Report on plague in the Punjab from October 1st ... to September 30th ..., being the ... season of plague in the province
Disease focus: Plague
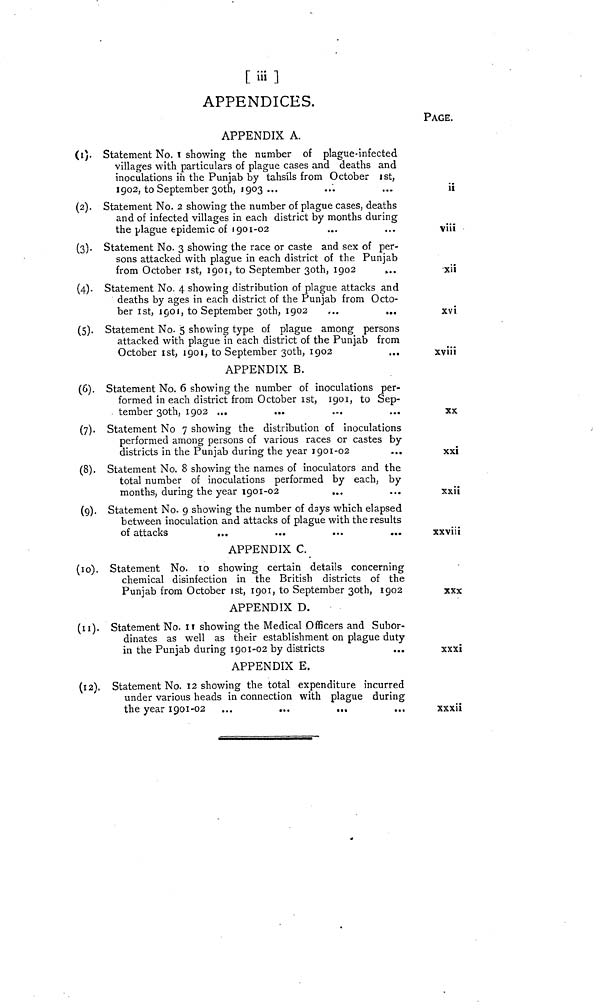
[ iii ]
APPENDICES.
PAGE.
APPENDIX A.
(i). Statement No. i showing the number of plague-infected
villages with particulars of plague cases and deaths and
inoculations in the Punjab by tahsils from October ist,
1902, to September 30th, 1903 ...
(2). Statement No. 2 showing the number of plague cases, deaths
and of infected villages in each district by months during
the plague epidemic of 1901-02
(3). Statement No. 3 showing the race or caste and sex of per-
sons attacked with plague in each district of the Punjab
from October Ist, 1901, to September 30th, 1902
..
(4). Statement No. 4 showing distribution of plague attacks and
deaths by ages in each district of the Punjab from Octo-
ber Ist, 1901, to September 30th, 1902
...
...
(5). Statement No. 5 showing type of plague among persons
attacked with plague in each district of the Punjab from
October Ist, 1901, to September 30th, 1902
APPENDIX B.
(6). Statement No. 6 showing the number of inoculations per-
formed in each district from October Ist, 1901, to Sep-
tember 30th, 1902 ...
(7). Statement No 7 showing the distribution of inoculations
performed among persons of various races or castes by
districts in the Punjab during the year 1901-02
(8). Statement No. 8 showing the names of inoculators and the
total number of inoculations performed by each, by
months, during the year 1901-02
(9). Statement No. 9 showing the number of days which elapsed
between inoculation and attacks of plague with the results
of attacks
...
...
...
...
APPENDIX C.
(10). Statement No. 10 showing certain details concerning
chemical disinfection in the British districts of the
Punjab from October Ist, 1901, to September 30th, 1902
APPENDIX D.
(11). Statement No. 11 showing the Medical Officers and Subor-
dinates as well as their establishment on plague duty
in the Punjab during 1901-02 by districts
APPENDIX E.
(12). Statement No. 12 showing the total expenditure incurred
under various heads in connection with plague during
the year 1901-02 ...
...
...
...
ii
viii
xii
XVi
xviii
XX
xxi
xxii
xxviii
XXX
XXXi
xxxii